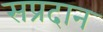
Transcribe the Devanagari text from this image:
सप्रदान